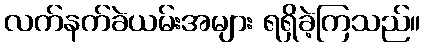
လက်နက်ခဲယမ်းအများ ရရှိခဲ့ကြသည်။